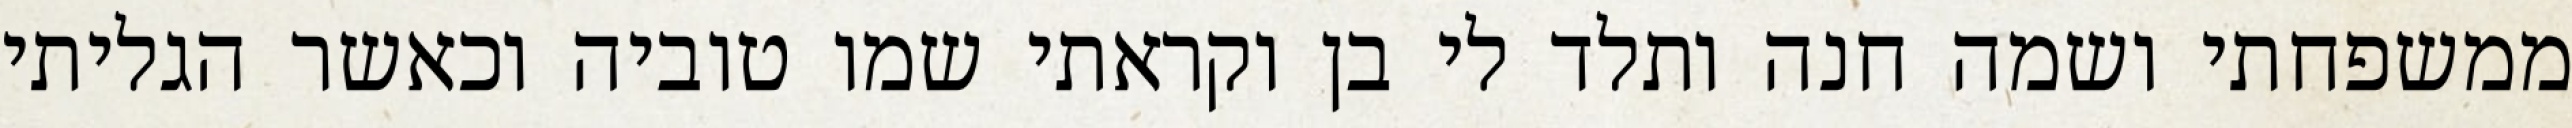
ממשפחתי ושמה חנה ותלד לי בן וקראתי שמו טוביה וכאשר הגליתי